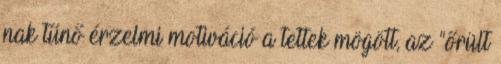
nak tűnő érzelmi motiváció a tettek mögött, az “őrült